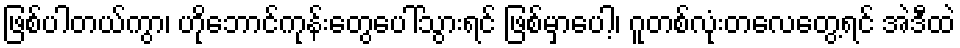
ဖြစ်ပါတယ်ကွာ၊ ဟိုဘောင်ကုန်းတွေပေါ်သွားရင် ဖြစ်မှာပေါ့၊ ဂူတစ်လုံးတလေတွေ့ရင် အဲဒီထဲ